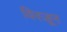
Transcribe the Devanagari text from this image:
विरजून